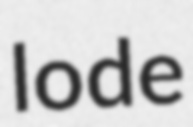
lode